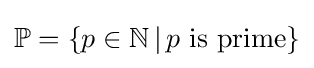
\mathbb {P} =\{p\in \mathbb {N} \,|\,p{\text{ is prime}}\}